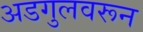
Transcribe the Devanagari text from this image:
अडगुलवरून